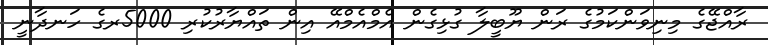
ރާއްޖޭގެ މިނިވަންކަމުގެ ރަން ޔޫބީލާ ގުޅިގެން އެމްއެމްއޭ އިން ތައްޔާރުކުރި 5000ރގެ ހަނދާނީ